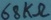
Text: 68kΩ